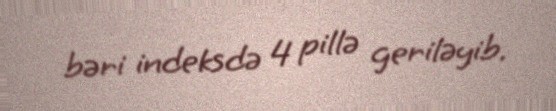
bəri indeksdə 4 pillə geriləyib.